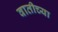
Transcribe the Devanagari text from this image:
वातीच्या